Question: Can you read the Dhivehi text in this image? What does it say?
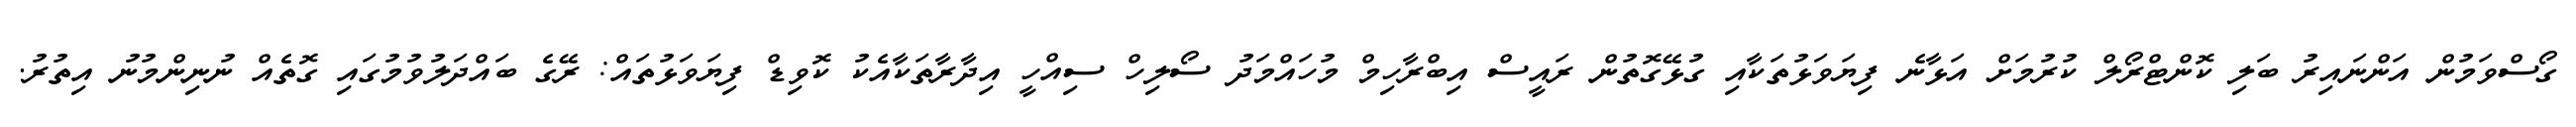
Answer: ގޯސްވަމުން އަންނައިރު ބަލި ކޮންޓްރޯލް ކުރުމަށް އަޅާނެ ފިޔަވަޅުތަކާއި ގުޅޭގޮތުން ރައީސް އިބްރާހިމް މުހައްމަދު ސޯލިހް ސިއްހީ އިދާރާތަކާއެކު ކޮވިޑް ފިޔަވަޅުތައް: ރޭގެ ބައްދަލުވުމުގައި ގޮތެއް ނުނިންމުނު އިތުރު.